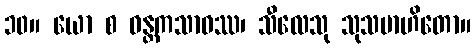
၁၀။ ယော စ ဝန္တကသာဝဿ၊ သီလေသု သုသမာဟိတော။